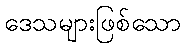
ဒေသများဖြစ်သော